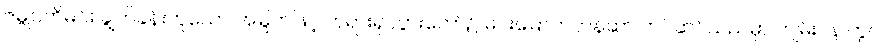
ဇမ္ဗုပတိမင်း ချွတ်ခန်းဟူသော အမြွက်ဖြင့် ဘုရားရုပ်ပွားတော်၌ မင်းမြောက်တန်ဆာ တပ်ဆင်သည်မှာ ကျမ်းဂန် တွင်